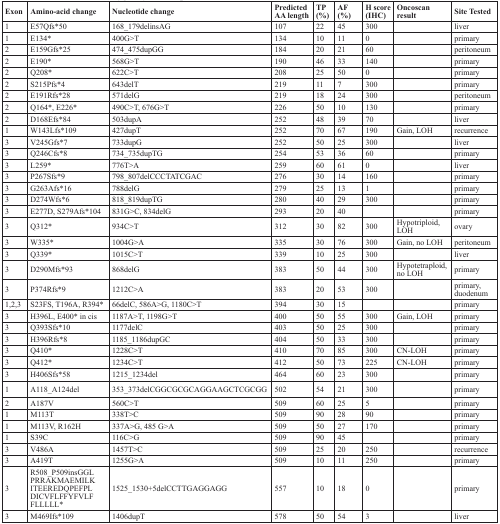
<table><thead><tr><td><b>Exon</b></td><td><b>Amino-acid change</b></td><td><b>Nucleotide change</b></td><td><b>Predicted AA length</b></td><td><b>TP (%)</b></td><td><b>AF (%)</b></td><td><b>H score (IHC)</b></td><td><b>Oncoscan result</b></td><td><b>Site Tested</b></td></tr></thead><tbody><tr><td>1</td><td>E57Qfs*50</td><td>168_179delinsAG</td><td>107</td><td>22</td><td>45</td><td>300</td><td></td><td>liver</td></tr><tr><td>1</td><td>E134*</td><td>400G&gt;T</td><td>134</td><td>10</td><td>11</td><td>0</td><td></td><td>primary</td></tr><tr><td>2</td><td>E159Gfs*25</td><td>474_475dupGG</td><td>184</td><td>20</td><td>21</td><td>60</td><td></td><td>peritoneum</td></tr><tr><td>2</td><td>E190*</td><td>568G&gt;T</td><td>190</td><td>46</td><td>33</td><td>140</td><td></td><td>primary</td></tr><tr><td>2</td><td>Q208*</td><td>622C&gt;T</td><td>208</td><td>25</td><td>50</td><td>0</td><td></td><td>primary</td></tr><tr><td>2</td><td>S215Pfs*4</td><td>643delT</td><td>219</td><td>11</td><td>7</td><td>300</td><td></td><td>primary</td></tr><tr><td>2</td><td>E191Rfs*28</td><td>571delG</td><td>219</td><td>18</td><td>24</td><td>300</td><td></td><td>peritoneum</td></tr><tr><td>2</td><td>Q164*, E226*</td><td>490C&gt;T, 676G&gt;T</td><td>226</td><td>50</td><td>10</td><td>130</td><td></td><td>primary</td></tr><tr><td>2</td><td>D168Efs*84</td><td>503dupA</td><td>252</td><td>48</td><td>39</td><td>70</td><td></td><td>liver</td></tr><tr><td>1</td><td>W143Lfs*109</td><td>427dupT</td><td>252</td><td>70</td><td>67</td><td>190</td><td>Gain, LOH</td><td>recurrence</td></tr><tr><td>3</td><td>V245Gfs*7</td><td>733dupG</td><td>252</td><td>50</td><td>25</td><td>300</td><td></td><td>liver</td></tr><tr><td>3</td><td>Q246Cfs*8</td><td>734_735dupTG</td><td>254</td><td>53</td><td>36</td><td>60</td><td></td><td>primary</td></tr><tr><td>3</td><td>L259*</td><td>776T&gt;A</td><td>259</td><td>60</td><td>61</td><td>0</td><td></td><td>liver</td></tr><tr><td>3</td><td>P267Sfs*9</td><td>798_807delCCCTATCGAC</td><td>276</td><td>30</td><td>14</td><td>160</td><td></td><td>primary</td></tr><tr><td>3</td><td>G263Afs*16</td><td>788delG</td><td>279</td><td>25</td><td>13</td><td>1</td><td></td><td>primary</td></tr><tr><td>3</td><td>D274Wfs*6</td><td>818_819dupTG</td><td>280</td><td>40</td><td>29</td><td>300</td><td></td><td>primary</td></tr><tr><td>3</td><td>E277D, S279Afs*104</td><td>831G&gt;C, 834delG</td><td>293</td><td>20</td><td>40</td><td></td><td></td><td>primary</td></tr><tr><td>3</td><td>Q312*</td><td>934C&gt;T</td><td>312</td><td>30</td><td>82</td><td>300</td><td>Hypotriploid, LOH</td><td>ovary</td></tr><tr><td>3</td><td>W335*</td><td>1004G&gt;A</td><td>335</td><td>30</td><td>76</td><td>300</td><td>Gain, no LOH</td><td>peritoneum</td></tr><tr><td>3</td><td>Q339*</td><td>1015C&gt;T</td><td>339</td><td>10</td><td>25</td><td>300</td><td></td><td>liver</td></tr><tr><td>3</td><td>D290Mfs*93</td><td>868delG</td><td>383</td><td>50</td><td>44</td><td>300</td><td>Hypotetraploid, no LOH</td><td>primary</td></tr><tr><td>3</td><td>P374Rfs*9</td><td>1212C&gt;A</td><td>383</td><td>20</td><td>53</td><td>300</td><td></td><td>primary, duodenum</td></tr><tr><td>1,2,3</td><td>S23FS, T196A, R394*</td><td>66delC, 586A&gt;G, 1180C&gt;T</td><td>394</td><td>30</td><td>15</td><td></td><td></td><td>primary</td></tr><tr><td>3</td><td>H396L, E400* in cis</td><td>1187A&gt;T, 1198G&gt;T</td><td>400</td><td>50</td><td>55</td><td>300</td><td>Gain, LOH</td><td>primary</td></tr><tr><td>3</td><td>Q393Sfs*10</td><td>1177delC</td><td>403</td><td>50</td><td>25</td><td>300</td><td></td><td>primary</td></tr><tr><td>3</td><td>H396Rfs*8</td><td>1185_1186dupGC</td><td>404</td><td>50</td><td>33</td><td>300</td><td></td><td>primary</td></tr><tr><td>3</td><td>Q410*</td><td>1228C&gt;T</td><td>410</td><td>70</td><td>85</td><td>300</td><td>CN-LOH</td><td>primary</td></tr><tr><td>3</td><td>Q412*</td><td>1234C&gt;T</td><td>412</td><td>50</td><td>73</td><td>225</td><td>CN-LOH</td><td>primary</td></tr><tr><td>3</td><td>H406Sfs*58</td><td>1215_1234del</td><td>464</td><td>60</td><td>23</td><td>300</td><td></td><td>primary</td></tr><tr><td>1</td><td>A118_A124del</td><td>353_373delCGGCGCGCAGGAAGCTCGCGG</td><td>502</td><td>54</td><td>21</td><td>300</td><td></td><td>primary</td></tr><tr><td>2</td><td>A187V</td><td>560C&gt;T</td><td>509</td><td>60</td><td>25</td><td>5</td><td></td><td>primary</td></tr><tr><td>1</td><td>M113T</td><td>338T&gt;C</td><td>509</td><td>90</td><td>28</td><td>90</td><td></td><td>primary</td></tr><tr><td>1</td><td>M113V, R162H</td><td>337A&gt;G, 485 G&gt;A</td><td>509</td><td>50</td><td>27</td><td>170</td><td></td><td>primary</td></tr><tr><td>1</td><td>S39C</td><td>116C&gt;G</td><td>509</td><td>90</td><td>45</td><td></td><td></td><td>primary</td></tr><tr><td>3</td><td>V486A</td><td>1457T&gt;C</td><td>509</td><td>25</td><td>20</td><td>250</td><td></td><td>recurrence</td></tr><tr><td>3</td><td>A419T</td><td>1255G&gt;A</td><td>509</td><td>10</td><td>11</td><td>250</td><td></td><td>primary</td></tr><tr><td>3</td><td>R508_P509insGGL PRRAKMAEMILK ITEEREDQPEFPL DICVFLFFYFVLF FLLLLL*</td><td>1525_1530+5delCCTTGAGGAGG</td><td>557</td><td>10</td><td>18</td><td>0</td><td></td><td>primary</td></tr><tr><td>3</td><td>M469Ifs*109</td><td>1406dupT</td><td>578</td><td>50</td><td>54</td><td>3</td><td></td><td>liver</td></tr></tbody></table>